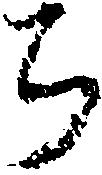
ち